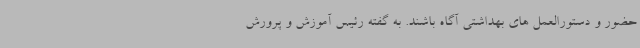
حضور و دستورالعمل های بهداشتی آگاه باشند. به گفته رئیس آموزش و پرورش